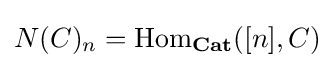
N(C)_{n}=\operatorname {Hom} _{\mathbf {Cat} }([n],C)